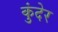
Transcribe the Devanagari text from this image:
कुंदेर